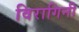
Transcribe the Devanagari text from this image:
विरागिनी